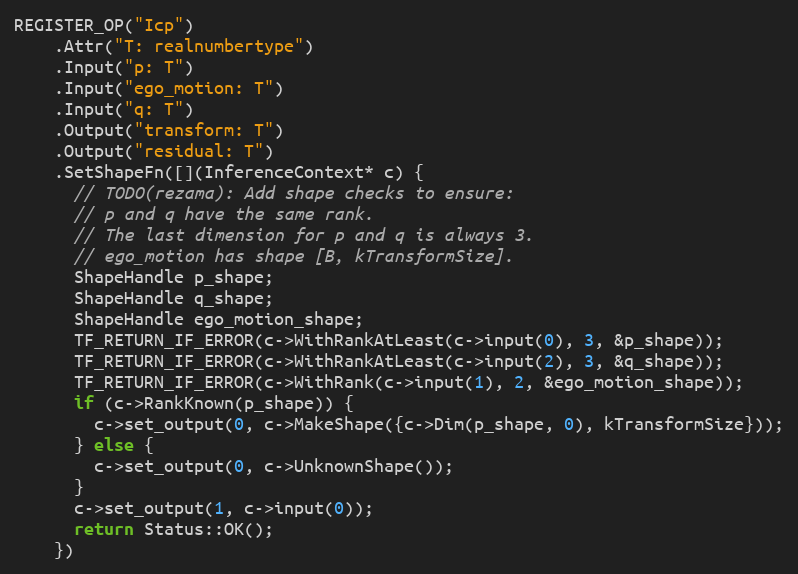
Language: C++
REGISTER_OP("Icp")
    .Attr("T: realnumbertype")
    .Input("p: T")
    .Input("ego_motion: T")
    .Input("q: T")
    .Output("transform: T")
    .Output("residual: T")
    .SetShapeFn([](InferenceContext* c) {
      // TODO(rezama): Add shape checks to ensure:
      // p and q have the same rank.
      // The last dimension for p and q is always 3.
      // ego_motion has shape [B, kTransformSize].
      ShapeHandle p_shape;
      ShapeHandle q_shape;
      ShapeHandle ego_motion_shape;
      TF_RETURN_IF_ERROR(c->WithRankAtLeast(c->input(0), 3, &p_shape));
      TF_RETURN_IF_ERROR(c->WithRankAtLeast(c->input(2), 3, &q_shape));
      TF_RETURN_IF_ERROR(c->WithRank(c->input(1), 2, &ego_motion_shape));
      if (c->RankKnown(p_shape)) {
        c->set_output(0, c->MakeShape({c->Dim(p_shape, 0), kTransformSize}));
      } else {
        c->set_output(0, c->UnknownShape());
      }
      c->set_output(1, c->input(0));
      return Status::OK();
    })